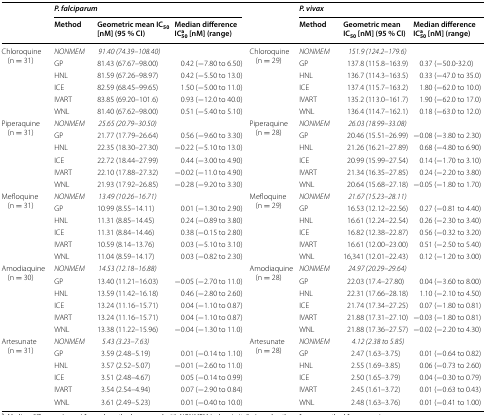
<table><thead><tr><td rowspan="2"></td><td colspan="3"><b><i>P. falciparum</i></b></td><td rowspan="2"></td><td colspan="3"><b><i>P. vivax</i></b></td></tr><tr><td><b>Method</b></td><td><b>Geometric mean IC<sub>50</sub> [nM] (95 % CI)</b></td><td><b>Median difference IC<sub>50</sub><sup>a</sup> [nM] (range)</b></td><td><b>Method</b></td><td><b>Geometric mean IC<sub>50</sub> [nM] (95 % CI)</b></td><td><b>Median difference IC<sub>50</sub><sup>a</sup> [nM] (range)</b></td></tr></thead><tbody><tr><td rowspan="6">Chloroquine (n = 31)</td><td><i>NONMEM</i></td><td><i>91.40 (74.39–108.40)</i></td><td></td><td rowspan="6">Chloroquine (n = 29)</td><td><i>NONMEM</i></td><td><i>151.9 (124.2–179.6)</i></td><td></td></tr><tr><td>GP</td><td>81.43 (67.67–98.00)</td><td>0.42 (−7.80 to 6.50)</td><td>GP</td><td>137.8 (115.8–163.9)</td><td>0.37 (−50.0-32.0)</td></tr><tr><td>HNL</td><td>81.59 (67.26–98.97)</td><td>0.42 (−5.50 to 13.0)</td><td>HNL</td><td>136.7 (114.3–163.5)</td><td>0.33 (−47.0 to 35.0)</td></tr><tr><td>ICE</td><td>82.59 (68.45–99.65)</td><td>1.50 (−5.00 to 11.0)</td><td>ICE</td><td>137.4 (115.7–163.2)</td><td>1.80 (−62.0 to 10.0)</td></tr><tr><td>IVART</td><td>83.85 (69.20–101.6)</td><td>0.93 (−12.0 to 40.0)</td><td>IVART</td><td>135.2 (113.0–161.7)</td><td>1.90 (−62.0 to 17.0)</td></tr><tr><td>WNL</td><td>81.40 (67.62–98.00)</td><td rowspan="2">0.51 (−5.40 to 5.10)</td><td>WNL</td><td>136.4 (114.7–162.1)</td><td>0.18 (−63.0 to 12.0)</td></tr><tr><td rowspan="6">Piperaquine (n = 31)</td><td><i>NONMEM</i></td><td><i>25.65 (20.79–30.50)</i></td><td rowspan="6">Piperaquine (n = 28)</td><td><i>NONMEM</i></td><td><i>26.03 (18.99–33.08)</i></td><td></td></tr><tr><td>GP</td><td>21.77 (17.79–26.64)</td><td>0.56 (−9.60 to 3.30)</td><td>GP</td><td>20.46 (15.51–26.99)</td><td>−0.08 (−3.80 to 2.30)</td></tr><tr><td>HNL</td><td>22.35 (18.30–27.30)</td><td>−0.22 (−5.10 to 13.0)</td><td>HNL</td><td>21.26 (16.21–27.89)</td><td>0.68 (−4.80 to 6.90)</td></tr><tr><td>ICE</td><td>22.72 (18.44–27.99)</td><td>0.44 (−3.00 to 4.90)</td><td>ICE</td><td>20.99 (15.99–27.54)</td><td>0.14 (−1.70 to 3.10)</td></tr><tr><td>IVART</td><td>22.10 (17.88–27.32)</td><td>−0.02 (−11.0 to 4.90)</td><td>IVART</td><td>21.34 (16.35–27.85)</td><td>0.24 (−2.20 to 3.80)</td></tr><tr><td>WNL</td><td>21.93 (17.92–26.85)</td><td>−0.28 (−9.20 to 3.30)</td><td>WNL</td><td>20.64 (15.68–27.18)</td><td>−0.05 (−1.80 to 1.70)</td></tr><tr><td rowspan="6">Mefloquine (n = 31)</td><td><i>NONMEM</i></td><td><i>13.49 (10.26–16.71)</i></td><td></td><td rowspan="6">Mefloquine (n = 29)</td><td><i>NONMEM</i></td><td><i>21.67 (15.23–28.11)</i></td><td></td></tr><tr><td>GP</td><td>10.99 (8.55–14.11)</td><td>0.01 (−1.30 to 2.90)</td><td>GP</td><td>16.53 (12.12–22.56)</td><td>0.27 (−0.81 to 4.40)</td></tr><tr><td>HNL</td><td>11.31 (8.85–14.45)</td><td>0.24 (−0.89 to 3.80)</td><td>HNL</td><td>16.61 (12.24–22.54)</td><td>0.26 (−2.30 to 3.40)</td></tr><tr><td>ICE</td><td>11.31 (8.84–14.46)</td><td>0.38 (−0.15 to 2.80)</td><td>ICE</td><td>16.82 (12.38–22.87)</td><td>0.56 (−0.32 to 3.20)</td></tr><tr><td>IVART</td><td>10.59 (8.14–13.76)</td><td>0.03 (−5.10 to 3.10)</td><td>IVART</td><td>16.61 (12.00–23.00)</td><td>0.51 (−2.50 to 5.40)</td></tr><tr><td>WNL</td><td>11.04 (8.59–14.17)</td><td>0.03 (−0.82 to 2.30)</td><td>WNL</td><td>16,341 (12.01–22.43)</td><td>0.12 (−1.20 to 3.00)</td></tr><tr><td rowspan="6">Amodiaquine (n = 30)</td><td><i>NONMEM</i></td><td><i>14.53 (12.18–16.88)</i></td><td></td><td rowspan="6">Amodiaquine (n = 28)</td><td><i>NONMEM</i></td><td><i>24.97 (20.29–29.64)</i></td><td></td></tr><tr><td>GP</td><td>13.40 (11.21–16.03)</td><td>−0.05 (−2.70 to 11.0)</td><td>GP</td><td>22.03 (17.4–27.80)</td><td>0.04 (−3.60 to 8.00)</td></tr><tr><td>HNL</td><td>13.59 (11.42–16.18)</td><td>0.46 (−2.80 to 2.60)</td><td>HNL</td><td>22.31 (17.66–28.18)</td><td>1.10 (−2.10 to 4.50)</td></tr><tr><td>ICE</td><td>13.24 (11.16–15.71)</td><td>0.04 (−1.10 to 0.87)</td><td>ICE</td><td>21.74 (17.34–27.25)</td><td>0.07 (−1.80 to 0.81)</td></tr><tr><td>IVART</td><td>13.24 (11.16–15.71)</td><td>0.04 (−1.10 to 0.87)</td><td>IVART</td><td>21.88 (17.31–27.10)</td><td>−0.03 (−1.80 to 0.81)</td></tr><tr><td>WNL</td><td>13.38 (11.22–15.96)</td><td>−0.04 (−1.30 to 11.0)</td><td>WNL</td><td>21.88 (17.36–27.57)</td><td>−0.02 (−2.20 to 4.30)</td></tr><tr><td rowspan="6">Artesunate (n = 31)</td><td><i>NONMEM</i></td><td><i>5.43 (3.23–7.63)</i></td><td></td><td rowspan="6">Artesunate (n = 28)</td><td><i>NONMEM</i></td><td><i>4.12 (2.38 to 5.85)</i></td><td></td></tr><tr><td>GP</td><td>3.59 (2.48–5.19)</td><td>0.01 (−0.14 to 1.10)</td><td>GP</td><td>2.47 (1.63–3.75)</td><td>0.01 (−0.64 to 0.82)</td></tr><tr><td>HNL</td><td>3.57 (2.52–5.07)</td><td>−0.01 (−2.60 to 11.0)</td><td>HNL</td><td>2.55 (1.69–3.85)</td><td>0.06 (−0.73 to 2.60)</td></tr><tr><td>ICE</td><td>3.51 (2.48–4.67)</td><td>0.05 (−0.14 to 0.99)</td><td>ICE</td><td>2.50 (1.65–3.79)</td><td>0.04 (−0.30 to 0.79)</td></tr><tr><td>IVART</td><td>3.54 (2.54–4.94)</td><td>0.07 (−2.90 to 0.84)</td><td>IVART</td><td>2.45 (1.61–3.72)</td><td>0.01 (−0.63 to 0.43)</td></tr><tr><td>WNL</td><td>3.61 (2.49–5.23)</td><td>0.01 (−0.40 to 10.0)</td><td>WNL</td><td>2.48 (1.63–3.76)</td><td>0.01 (−0.41 to 1.00)</td></tr></tbody></table>